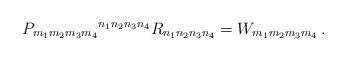
LaTeX: \begin{align*}P_{m_1m_2m_3m_4}{}^{n_1n_2n_3n_4}R_{n_1n_2n_3n_4} = W_{m_1m_2m_3m_4}\,.\end{align*}